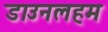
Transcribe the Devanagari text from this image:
डाउनलहम